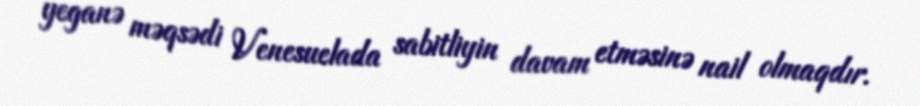
yeganə məqsədi Venesuelada sabitliyin davam etməsinə nail olmaqdır.